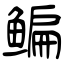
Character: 鳊